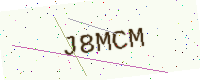
Text: J8MCM